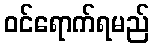
ဝင်ရောက်ရမည်